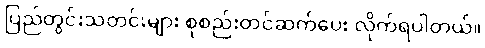
ပြည်တွင်းသတင်းများ စုစည်းတင်ဆက်ပေး လိုက်ရပါတယ်။